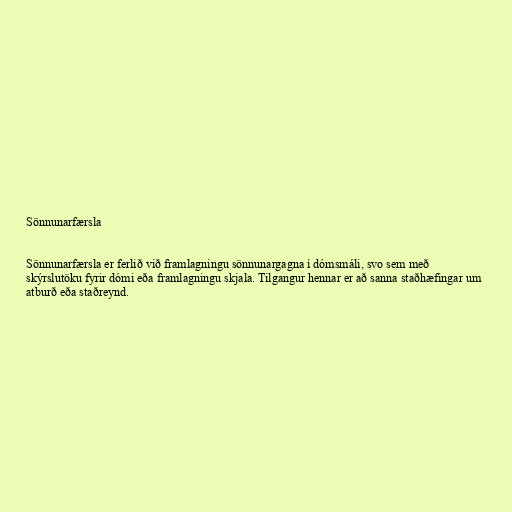
Sönnunarfærsla

Sönnunarfærsla er ferlið við framlagningu sönnunargagna í dómsmáli, svo sem með
skýrslutöku fyrir dómi eða framlagningu skjala. Tilgangur hennar er að sanna staðhæfingar um
atburð eða staðreynd.